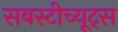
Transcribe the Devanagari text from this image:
सबस्टीच्यूट्स